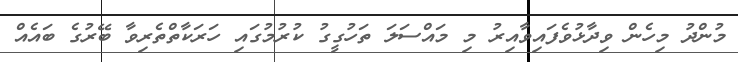
މުންދު މިހެން ވިދާޅުވެފައިވާއިރު މި މައްސަލަ ތަހުގީގު ކުރުމުގައި ހަރަކާތްތެރިވާ ބޭރުގެ ބައެއް